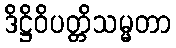
ဒိဋ္ဌိဝိပတ္တိသမ္မတာ